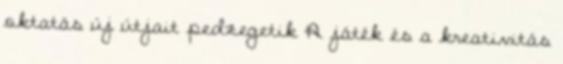
oktatás új útjait pedzegetik A játék és a kreativitás